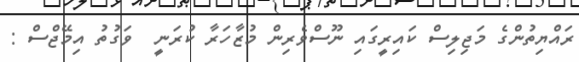
ރައްޔިތުންގެ މަޖިލިސް ކައިރީގައި ނޫސްވެރިން މުޒާހަރާ ކުރަނީ  ވަގުތު އިމޭޖްސް :